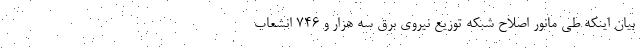
بیان اینکه طی مانور اصلاح شبکه توزیع نیروی برق سه هزار و ۷۴۶ انشعاب